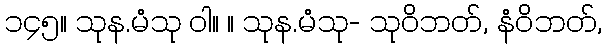
၁၄၅။ သုန.မံသု ဝါ။ ။ သုန.မံသု- သုဝိဘတ်, နံဝိဘတ်,